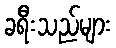
ခရီးသည်များ